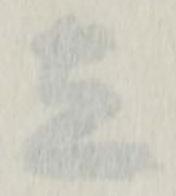
立